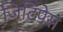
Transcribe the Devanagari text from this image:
जिटिपेस